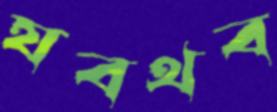
যবথব